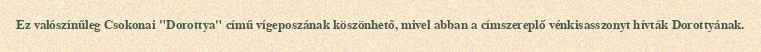
Ez valószínűleg Csokonai "Dorottya" című vígeposzának köszönhető, mivel abban a címszereplő vénkisasszonyt hívták Dorottyának.